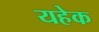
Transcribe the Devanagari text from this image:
यहेक